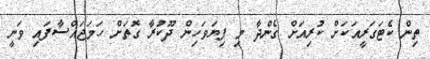
ތިން ކެޓަގަރީއަކަށް ކުރިއަށް ގެންދާ މި ފިޔަވަހިން ދޫކުރާ ގޮތަށް ހަމަޖައްސާފައި ވަނީ